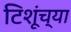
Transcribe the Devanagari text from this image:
टिशूंच्या